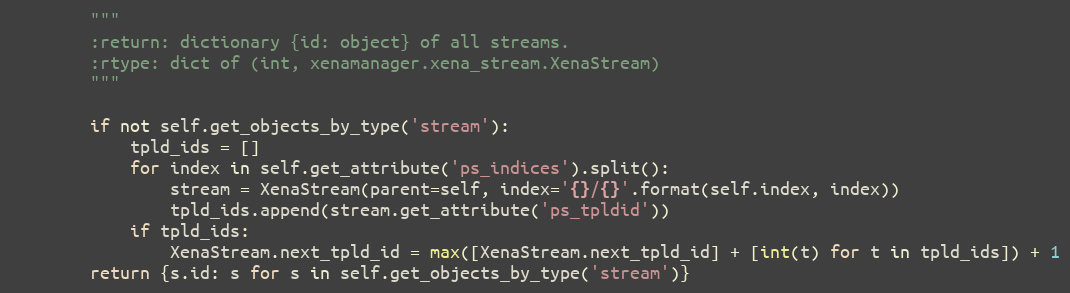
Language: Python
        """
        :return: dictionary {id: object} of all streams.
        :rtype: dict of (int, xenamanager.xena_stream.XenaStream)
        """

        if not self.get_objects_by_type('stream'):
            tpld_ids = []
            for index in self.get_attribute('ps_indices').split():
                stream = XenaStream(parent=self, index='{}/{}'.format(self.index, index))
                tpld_ids.append(stream.get_attribute('ps_tpldid'))
            if tpld_ids:
                XenaStream.next_tpld_id = max([XenaStream.next_tpld_id] + [int(t) for t in tpld_ids]) + 1
        return {s.id: s for s in self.get_objects_by_type('stream')}